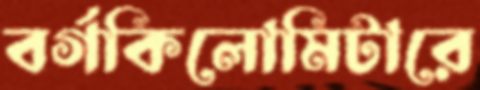
বর্গকিলোমিটারে